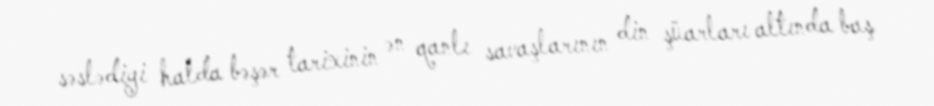
səslədiyi halda bəşər tarixinin ən qanlı savaşlarının din şüarları altında baş